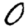
Digit: 0